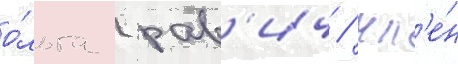
о́льга рав'ич / чл'е́н